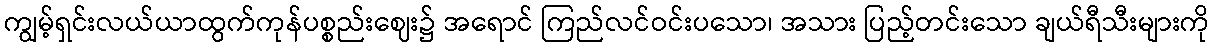
ကျွမ့်ရှင်းလယ်ယာထွက်ကုန်ပစ္စည်းဈေး၌ အရောင် ကြည်လင်ဝင်းပသော၊ အသား ပြည့်တင်းသော ချယ်ရီသီးများကို